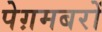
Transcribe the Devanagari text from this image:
पेग़मबरों